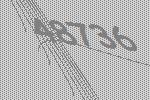
48736